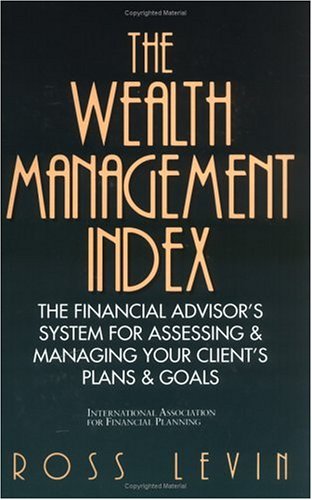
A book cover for The Wealth Management Index: The Financial Advisor's System for Assessing & Managing Your Client's Plans & Goals; Ross Levin; Business & Money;